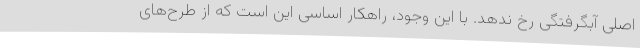
اصلی آبگرفتگی رخ ندهد. با این وجود، راهکار اساسی این است که از طرح‌های